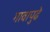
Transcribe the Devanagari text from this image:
गावापुढे